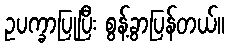
ဥပက္ခာပြုပြီး စွန့်ခွာပြန်တယ်။